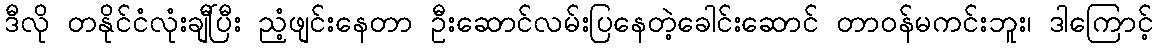
ဒီလို တနိုင်ငံလုံးချီပြီး ညံ့ဖျင်းနေတာ ဦးဆောင်လမ်းပြနေတဲ့ခေါင်းဆောင် တာဝန်မကင်းဘူး၊ ဒါကြောင့်